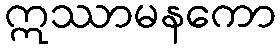
ဣဿာမနကော